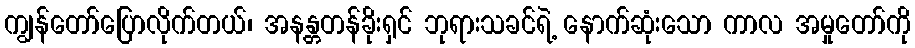
ကျွန်တော်ပြောလိုက်တယ်၊ အနန္တတန်ခိုးရှင် ဘုရားသခင်ရဲ့ နောက်ဆုံးသော ကာလ အမှုတော်ကို